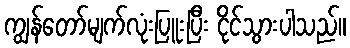
ကျွန်တော်မျက်လုံးပြူးပြီး ငိုင်သွားပါသည်။